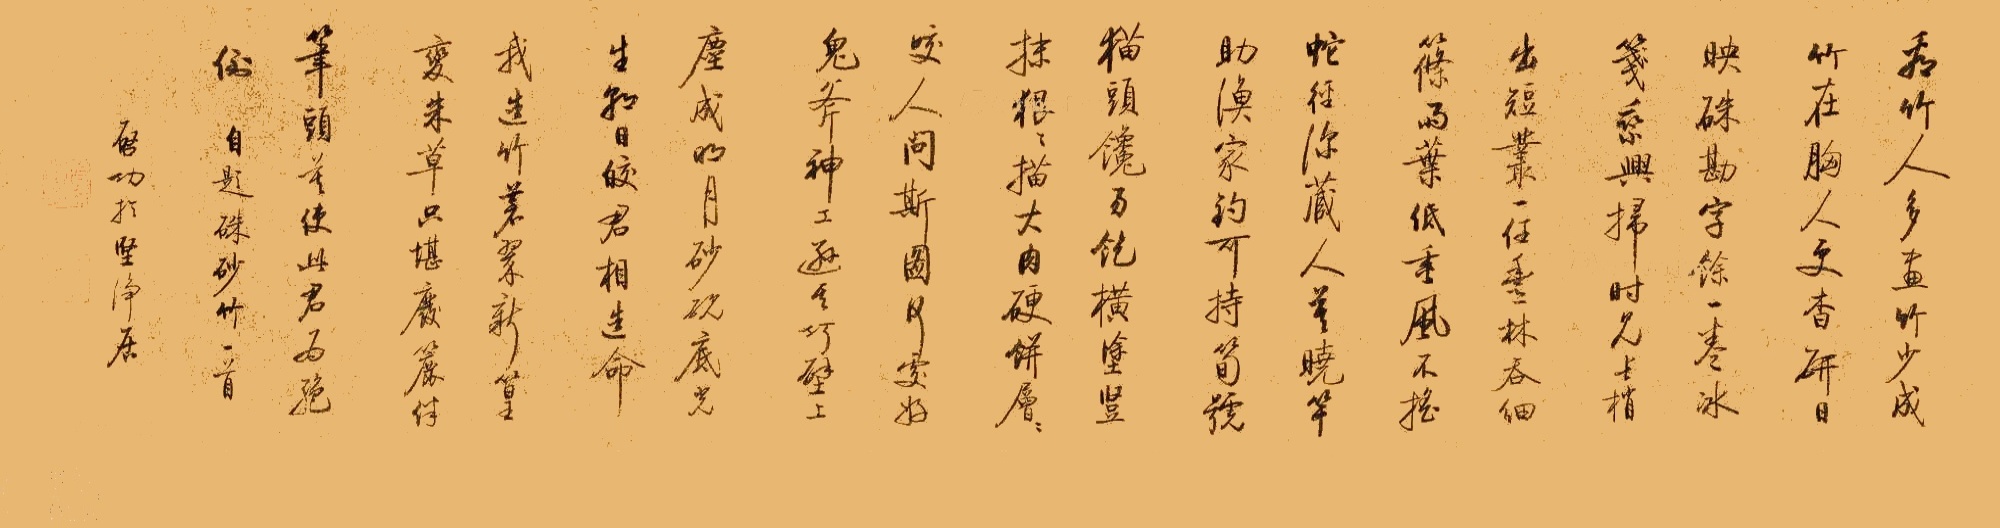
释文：看竹人多画竹少，成竹在胸人更杳。研日映朱勘字余，一卷冰笺乘兴扫。时见长梢出短业，一任丰林吞细条。雨叶低垂风不摇，蛇径深藏人莫晓。竿助渔家钓可持，笋号猫头馋易饱。横涂竖抹狠狠描，大肉硬饼层层咬。人问斯图何处好，鬼斧神工逊其巧。壁上尘成明月砂，砚底光生朝日皎。君相造命我造竹，茗翠新篁变朱草。只堪废麓伴笔头，莫使此君为绝倒。自题朱砂竹一首，启功于坚净居。